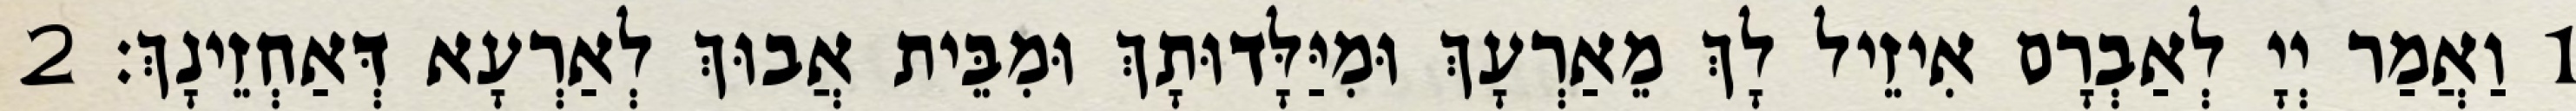
1 וַאֲמַר יְיָ לְאַבְרָם אִיזֵיל לָךְ מֵאַרְעָךְ וּמִיַּלָּדוּתָךְ וּמִבֵּית אֲבוּךְ לְאַרְעָא דְּאַחְזֵינָךְ׃ 2